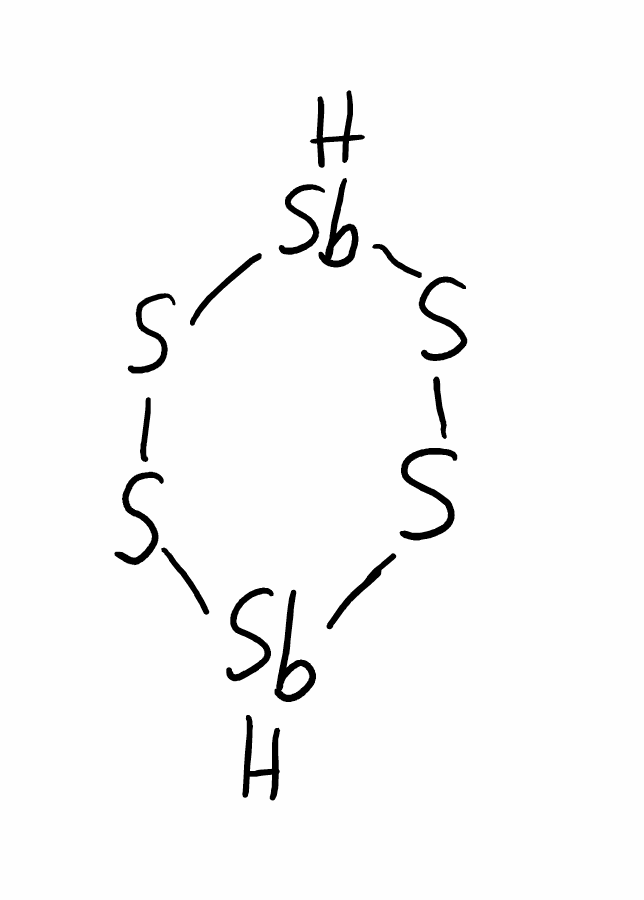
Simplified molecular-input line-entry system (SMILES) notation of the given molecule:
S1S[SbH]SS[SbH]1